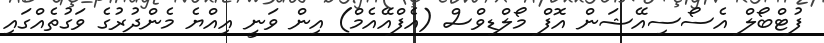
ފުޓްބޯލް އެސޯސިއޭޝަން އޮފް މޯލްޑިވްސް (އެފްއޭއެމް) އިން ވަނީ އިއްޔެ މެންދުރުގެ ވަގުތެއްގައި